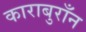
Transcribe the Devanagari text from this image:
काराबुराँन